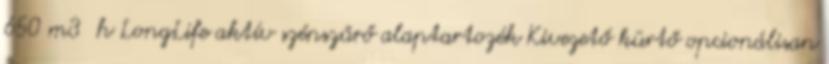
650 m3 h LongLife aktív szénszűrő alaptartozék Kivezető kürtő opcionálisan